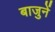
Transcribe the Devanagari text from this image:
बाजुनें